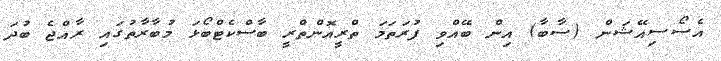
އެސޯސިއޭޝަން (ސާބާ) އިން ބޭއްވި ފުރަތަމަ ތްރީއޮންތްރީ ބާސްކެޓްބޯޅަ މުބާރާތުގައި ރާއްޖެ ބުދަ